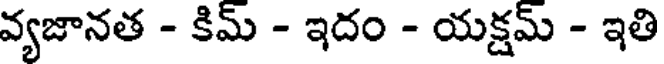
వ్యజానత - కిమ్ - ఇదం - యక్షమ్ - ఇతి